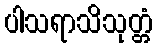
ပါသရာသိသုတ္တံ